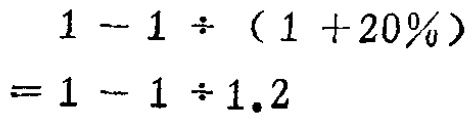
\[

\begin{align*}

&1 - 1\div(1 + 20\%)\\

=&1 - 1\div1.2

\end{align*}

\]